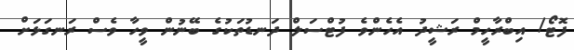
ފޮޓޯ/ އިބްރާހީމް ރަޝީދު އެހެންވެ ފުޓްސަލް ދަނޑުތަކުގެ ބޭނުން ވީހާ ވެސް ރަނގަަޅަށް